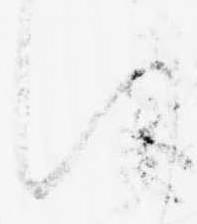
い